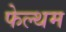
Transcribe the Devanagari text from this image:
फेल्थम